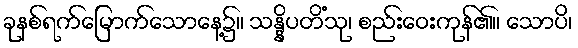
ခုနစ်ရက်မြောက်သောနေ့၌။ သန္နိပတိံသု၊ စည်းဝေးကုန်၏။ သောပိ၊